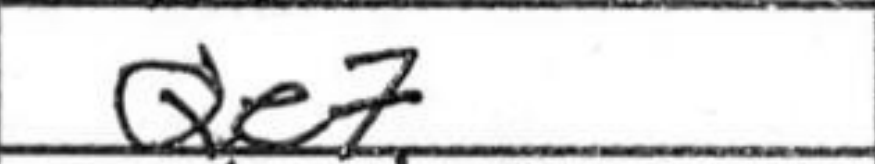
Transcription: Qe7